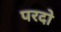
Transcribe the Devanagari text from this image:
परदो